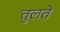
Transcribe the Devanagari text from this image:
तुलते